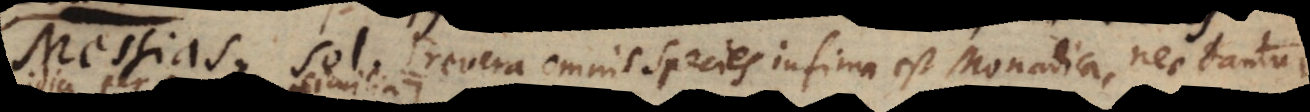
fixas (revera omnis Species infima est Monadica, nec dantur